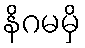
နိဂမမှိ